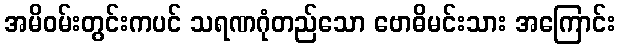
အမိဝမ်းတွင်းကပင် သရဏဂုံတည်သော ဗောဓိမင်းသား အကြောင်း